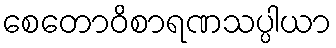
စေတောဝိစာရဏသပ္ပါယာ